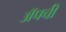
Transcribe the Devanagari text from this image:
ॲपची